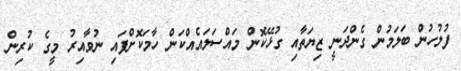
ފުލުހުން ބަލަމުން ގެންދަނީ ޒިޔަތާއި ގުޅޭކޮން މައްސަލައެއްކަން ހާމަކޮށްފައި ނުވާއިރު މީގެ ކުރިން